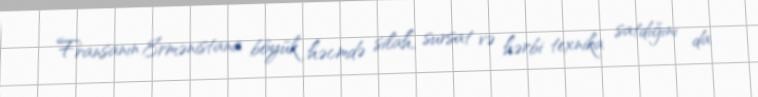
Fransanın Ermənistana böyük həcmdə silah, sursat və hərbi texnika satdığını da